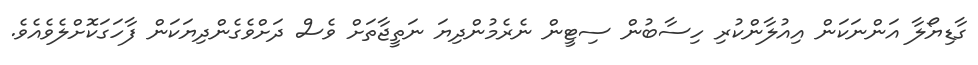
ގާޑިޔޯލާ އަންނަކަން އިއުލާންކުރި ހިސާބުން ސިޓީން ނެރެމުންދިޔަ ނަތީޖާތަށް ވެސް ދަށްވެގެންދިޔަކަން ފާހަގަކޮށްލެވެއެވެ.